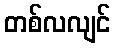
တစ်လလျင်